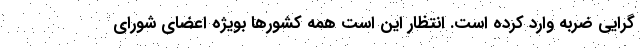
گرایی ضربه وارد کرده است. انتظار این است همه کشورها بویژه اعضای شورای